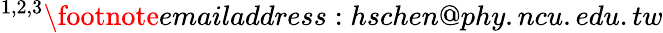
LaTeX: ^{1,2,3}\footnote{emailaddress:hschen@phy.ncu.edu.tw}